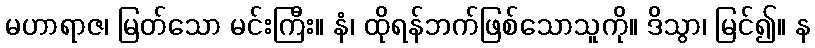
မဟာရာဇ၊ မြတ်သော မင်းကြီး။ နံ၊ ထိုရန်ဘက်ဖြစ်သောသူကို။ ဒိသွာ၊ မြင်၍။ န